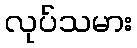
လုပ်သမား